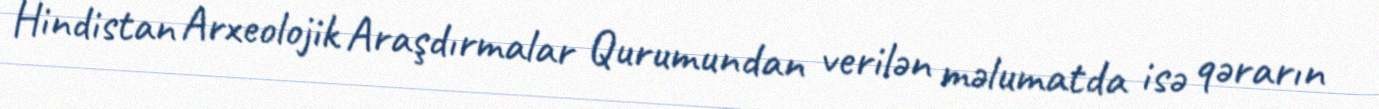
Hindistan Arxeolojik Araşdırmalar Qurumundan verilən məlumatda isə qərarın